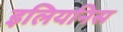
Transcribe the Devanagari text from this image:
इलियनिस